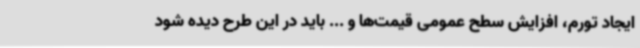
ایجاد تورم، افزایش سطح عمومی قیمت‌ها و ... باید در این طرح دیده شود